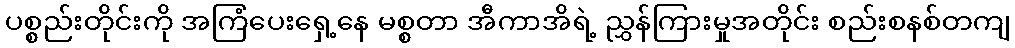
ပစ္စည်းတိုင်းကို အကြံပေးရှေ့နေ မစ္စတာ အီကာအိရဲ့ ညွှန်ကြားမှုအတိုင်း စည်းစနစ်တကျ